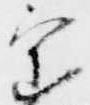
室